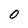
Character: 0